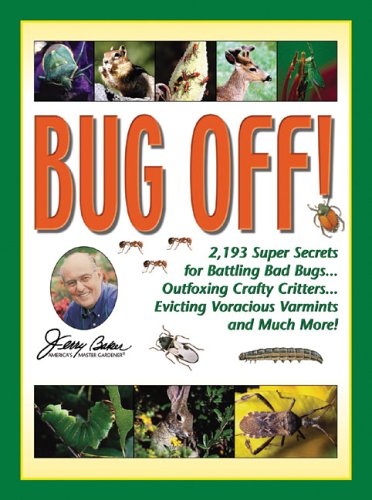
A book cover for Jerry Baker's Bug Off!: 2,193 Super Secrets for Battling Bad Bugs, Outfoxing Crafty Critters, Evicting Voracious Varmints and Much More! (Jerry Baker Good Gardening series); Jerry Baker; Crafts, Hobbies & Home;